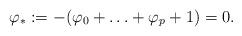
LaTeX: \begin{align*} \varphi_{*}:=-(\varphi_0+\ldots+\varphi_p+1)=0.\end{align*}